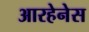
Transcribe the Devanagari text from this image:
आरहेनेस